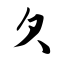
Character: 欠